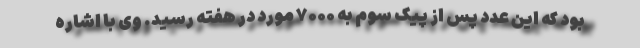
بود که این عدد پس از پیک سوم به ۷۰۰۰ مورد در هفته رسید. وی با اشاره